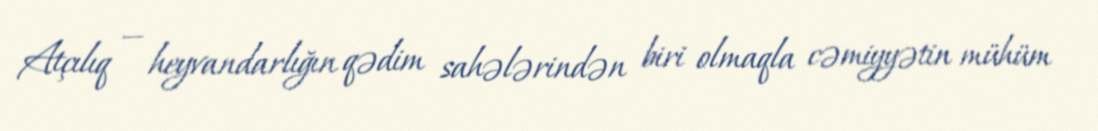
Atçılıq — heyvandarlığın qədim sahələrindən biri olmaqla cəmiyyətin mühüm